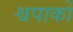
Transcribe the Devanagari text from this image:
श्वपाको